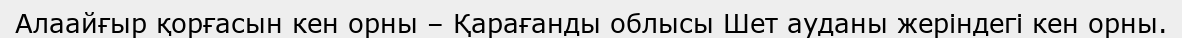
Алаайғыр қорғасын кен орны – Қарағанды облысы Шет ауданы жеріндегі кен орны.